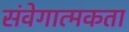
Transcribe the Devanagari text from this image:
संवेगात्मकता